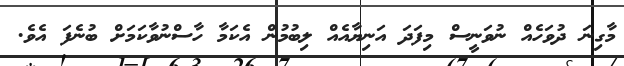
މާގިނަ ދުވަހެއް ނުވަނީސް މިފަދަ އަނިޔާއެއް ލިބުމުން އެކަމާ ހާސްނުވާކަމަށް ބުނެފަ އެވެ.